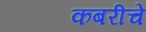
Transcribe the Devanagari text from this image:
कबरीचे